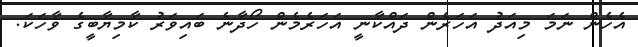
އެހެން ނަމަ މިއަދު އަހަރެން ދައްކާނީ އަހަރެމެން ހޯދާނެ ބައިވަރު ކާމިޔާބީގެ ވާހަކަ.